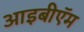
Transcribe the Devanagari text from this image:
आइबीऍम